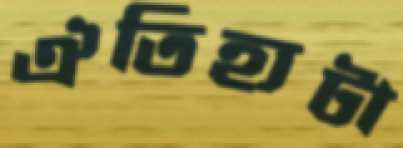
ঐতিহ্যটা